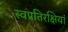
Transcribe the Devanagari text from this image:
स्वप्रतिरक्षियां